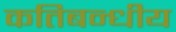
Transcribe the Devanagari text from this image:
कतिबन्धीय